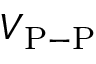
V _ { \mathrm { P - P } }